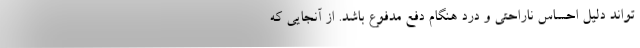
تواند دلیل احساس ناراحتی و درد هنگام دفع مدفوع باشد. از آنجایی که